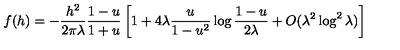
f ( h ) = - \frac { h ^ { 2 } } { 2 \pi \lambda } \frac { 1 - u } { 1 + u } \left[ 1 + 4 \lambda \frac { u } { 1 - u ^ { 2 } } \log \frac { 1 - u } { 2 \lambda } + O ( \lambda ^ { 2 } \log ^ { 2 } \lambda ) \right]